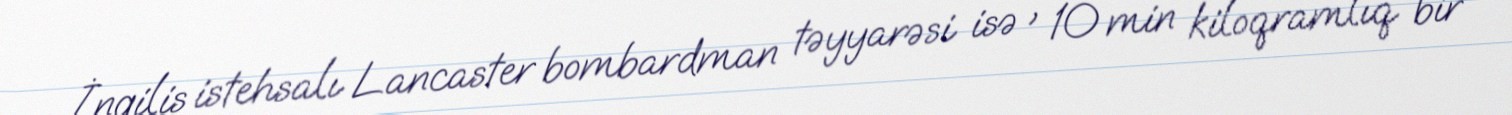
İngilis istehsalı Lancaster bombardman təyyarəsi isə , 10 min kiloqramlıq bir